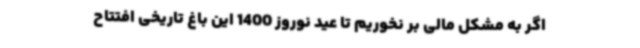
اگر به مشکل مالی بر نخوریم تا عید نوروز 1400 این باغ تاریخی افتتاح